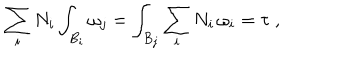
\sum _ { i } N _ { i } \int _ { B _ { i } } \omega _ { j } = \int _ { B _ { j } } \sum _ { i } N _ { i } \, \omega _ { i } = \tau \ ,